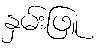
နှမ်းဖြူ